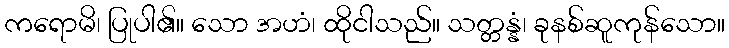
ကရောမိ၊ ပြုပါ၏။ သော အဟံ၊ ထိုငါသည်။ သတ္တန္နံ၊ ခုနစ်ဆူကုန်သော။